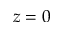
z = 0